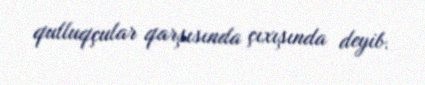
qulluqçular qarşısında çıxışında deyib.